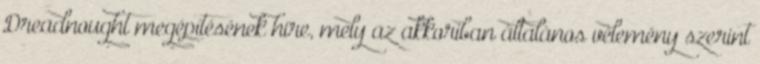
Dreadnought megépítésének híre, mely az akkoriban általános vélemény szerint